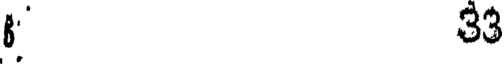
33